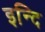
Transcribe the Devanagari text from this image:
इन्दि